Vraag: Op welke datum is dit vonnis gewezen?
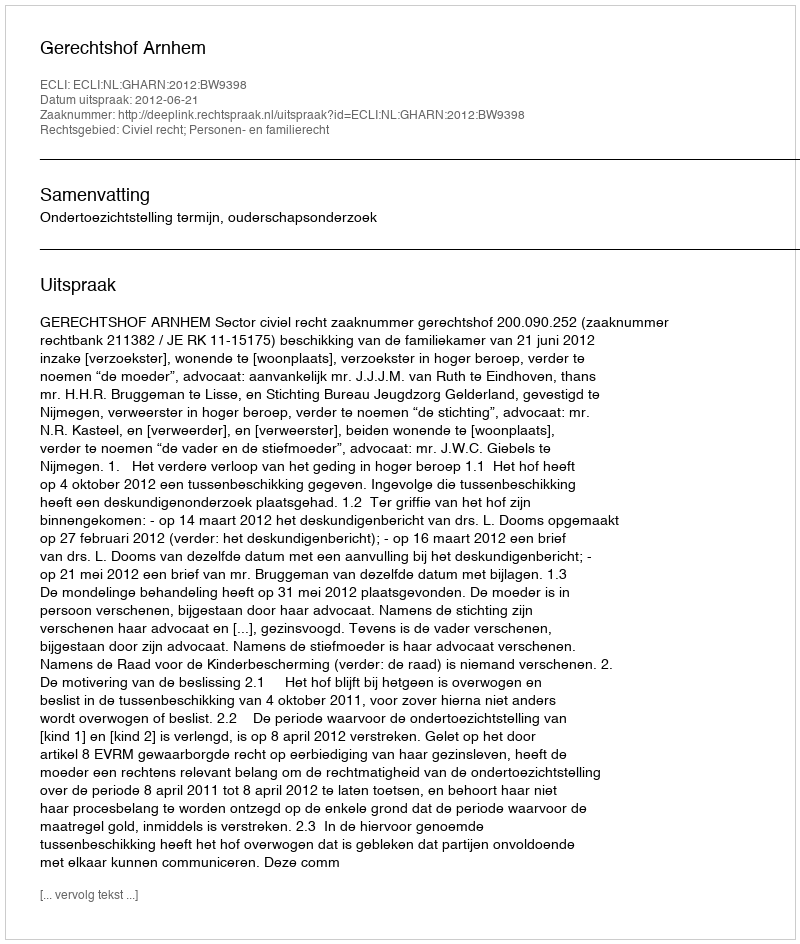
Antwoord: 2012-06-21